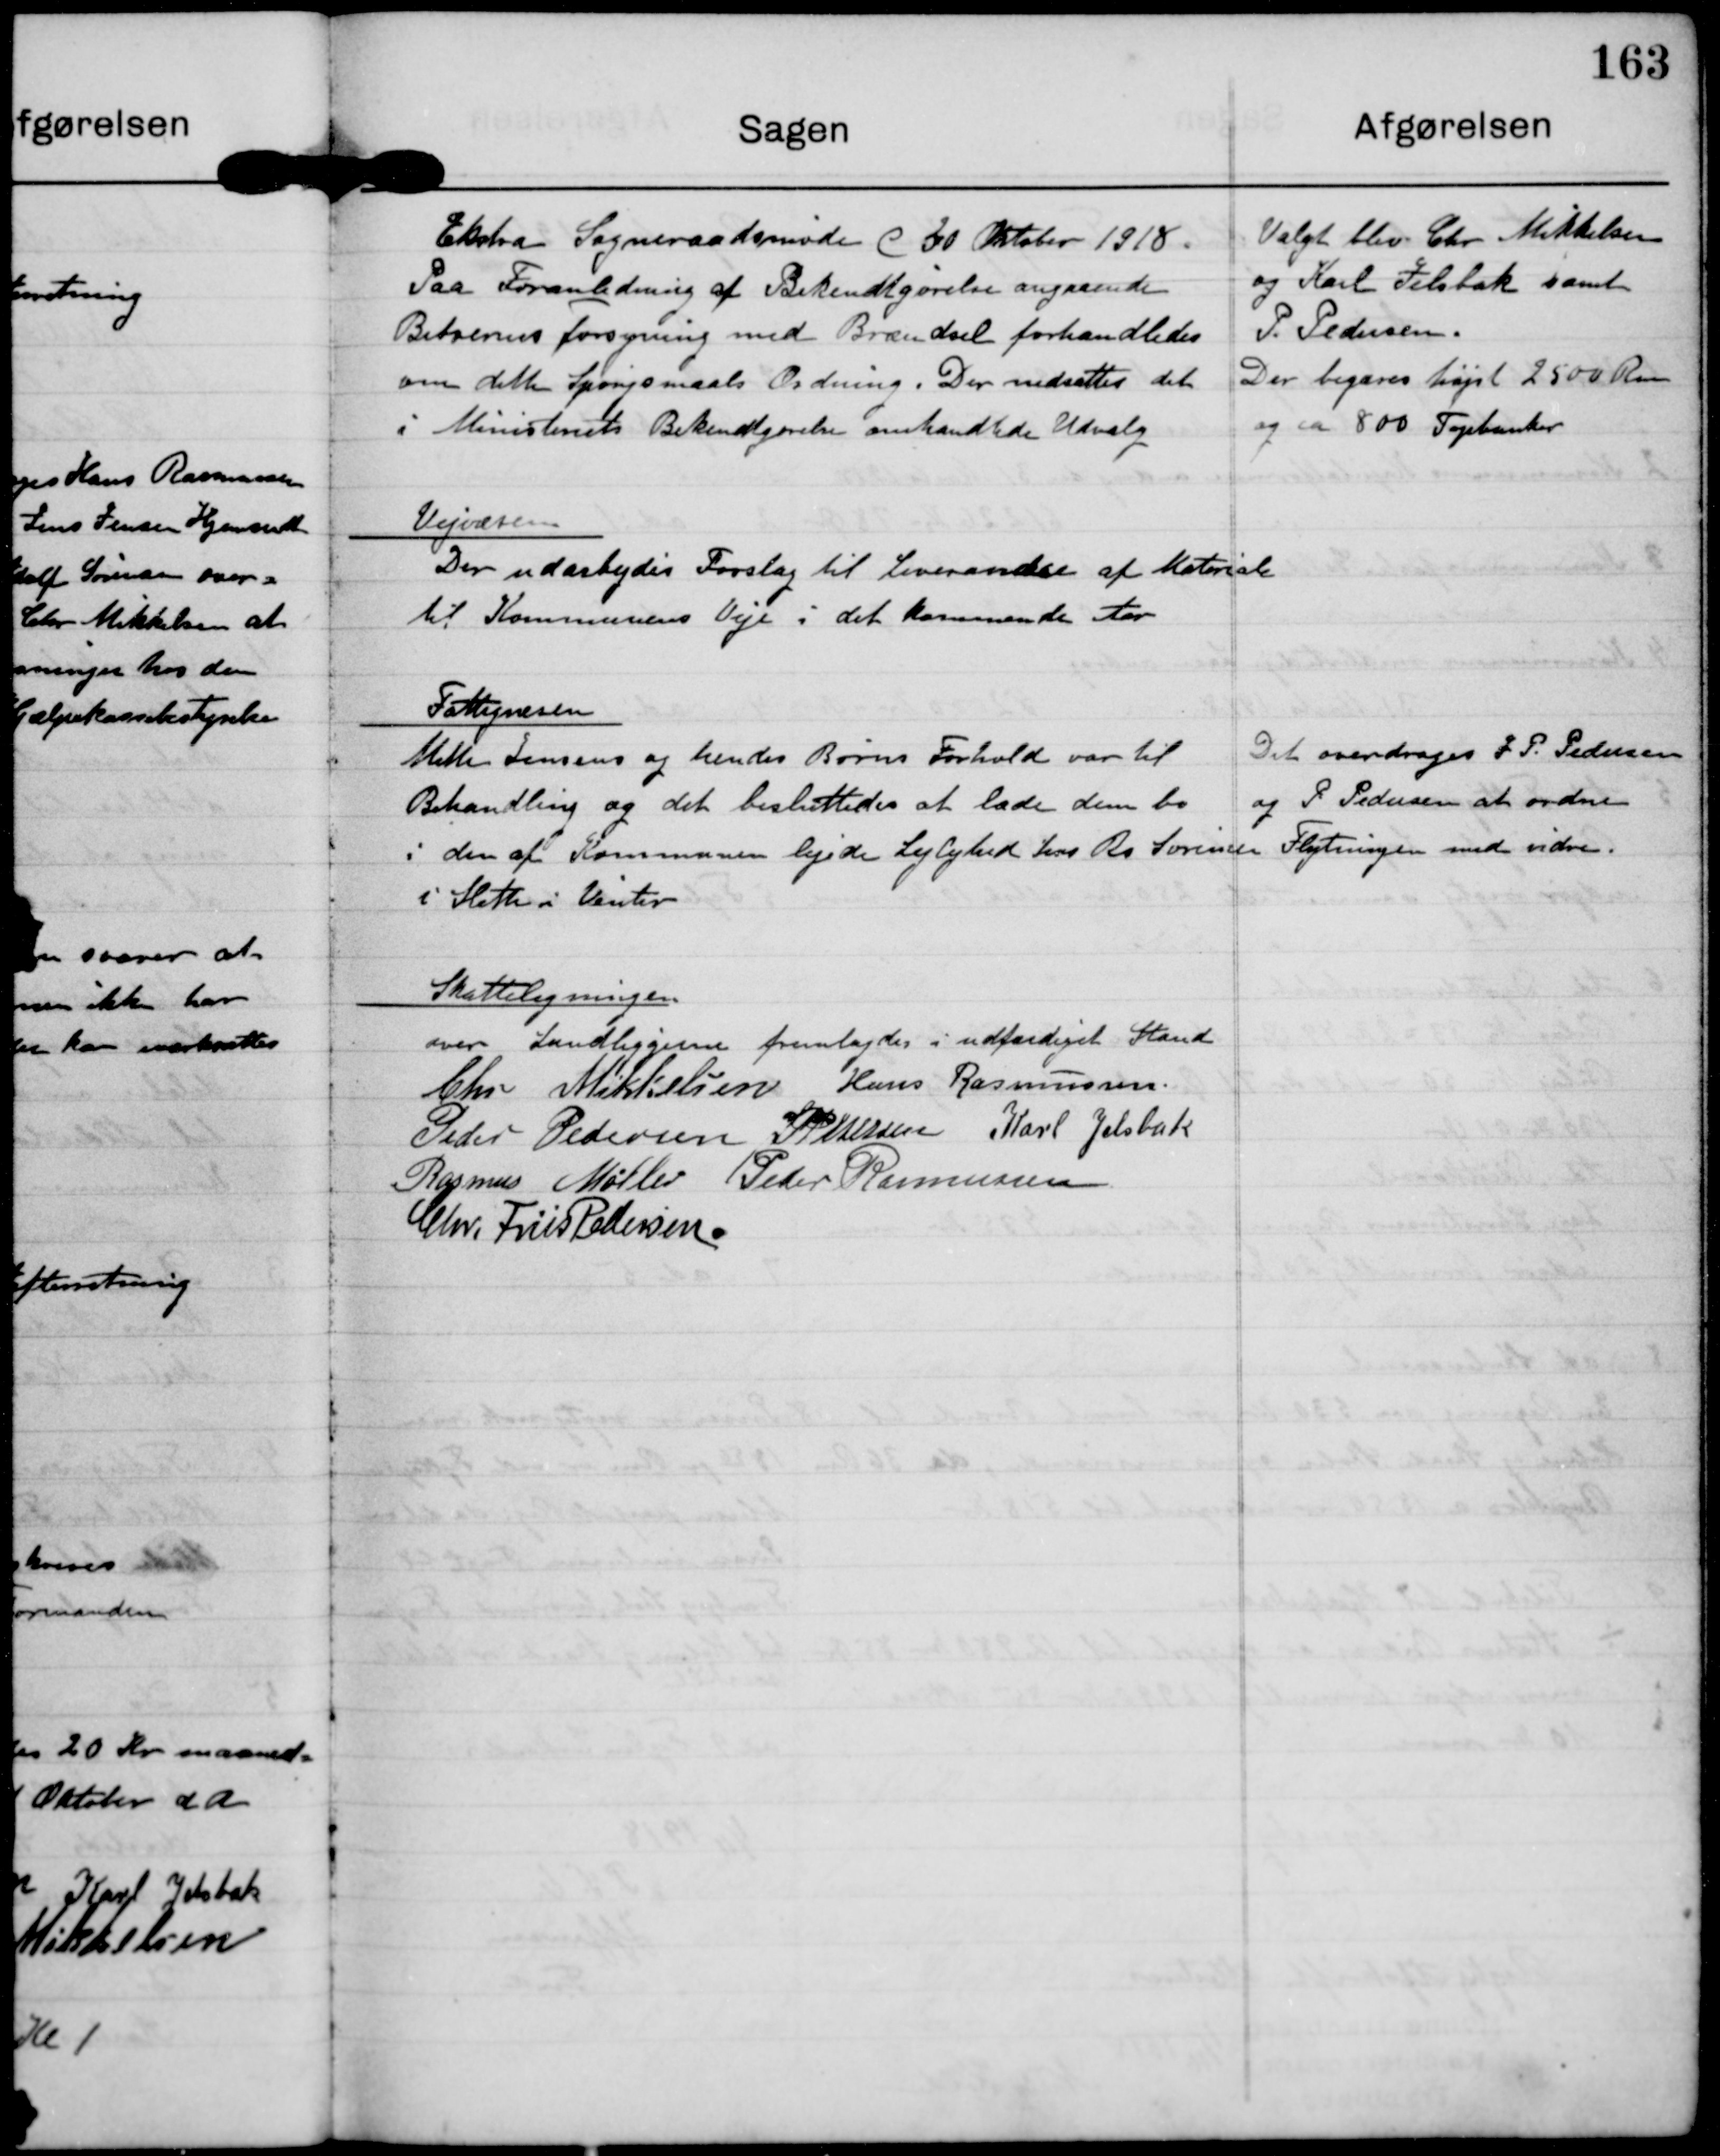
Transskription:
Ekstra Sogneraadsmøde d 30 Oktober 1918.
Paa Foranledning af Bekendtgørelse angaaende
Beboernes Forsyning med Brændsel forhandledes
om dette Spørgsmaals Ordning. Der nedsættes det
i Ministeriets Bekendtgørelse omhandlede Udvalg.

Valgt blev Chr Mikkelsen
og Karl Jelsbak samt
P. Pedersen.
Der begæres højst 2500 Rm
og ca 800 Topbunker

Vejvæsen
Der udarbejdes Forslag til Leverandør af Materialer
til Kommunens Veje i det kommende Aar.

Fattigvæsen
Mette Jensens og hendes Børns Forhold var til
Behandling og det besluttedes at lade dem bo
i den af Kommunen lejede Lejlighed hos Bo Sørensen
i Sleth i Vinter

Det overdroges J P. Pedersen
og P. Pedersen  at ordne
Flytningen med vidre.

Skatteligningen
over Landliggerne fremlagdes i udfærdiget Stand

Chr. Mikkelsen

Hans Rasmussen

Peder Pedersen

J P Pedersen

Karl Jelsbak

Rasmus Møller

Peder Rasmussen

Chr. Friis Pedersen